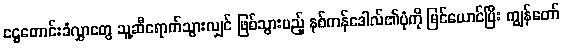
ငွေတောင်းခံလွှာတွေ သူ့ဆီရောက်သွားလျှင် ဖြစ်သွားမည့် နစ်ကန်ဒေါလ်၏ပုံကို မြင်ယောင်ပြီး ကျွန်တော်